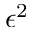
\epsilon ^ { 2 }